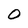
Character: O